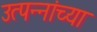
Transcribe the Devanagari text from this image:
उत्पन्नांच्या